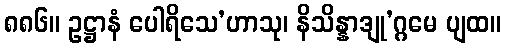
၈၈၆။ ဥဋ္ဌာနံ ပေါရိသေ’ဟာသု၊ နိသိန္နာဒျု’ဂ္ဂမေ ပျထ။